Scottish Leaving Certificate Examination, 1954
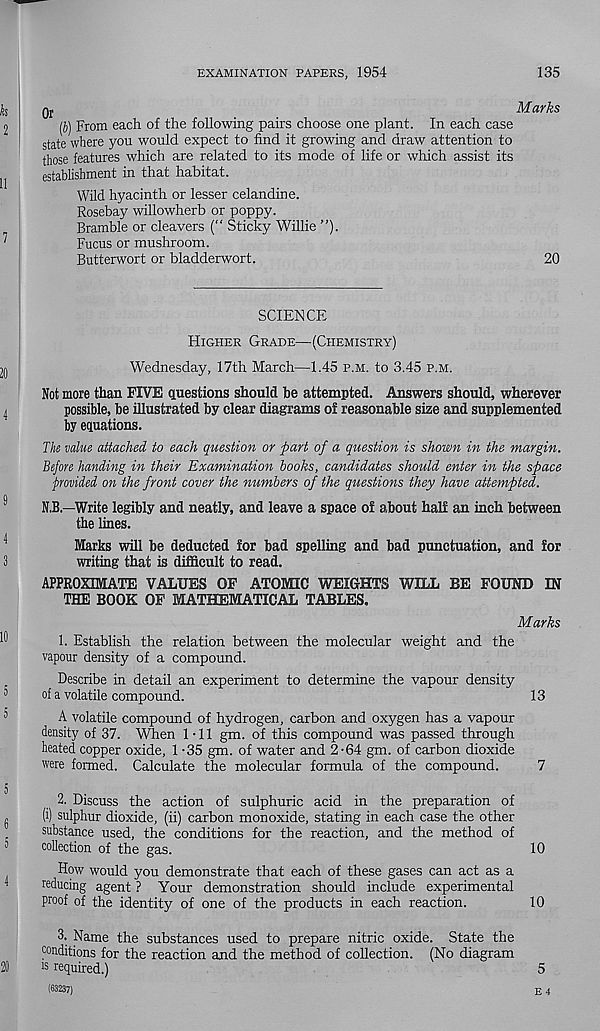
EXAMINATION PAPERS, 1954
135
Q r
Marks
(b) From each of the following pairs choose one plant. In each case
state where you would expect to find it growing and draw attention to
those features which are related to its mode of life or which assist its
establishment in that habitat.
Wild hyacinth or lesser celandine.
Rosebay willowherb or poppy.
Bramble or cleavers (“ Sticky Willie ”).
Fucus or mushroom.
Butterwort or bladderwort.
20
SCIENCE
Higher Grade—(Chemistry)
Wednesday, 17th March—1.45 p.m. to 3.45 p.m.
Not more than FIVE questions should be attempted. Answers should, wherever
possible, be illustrated by clear diagrams ol reasonable size and supplemented
by equations.
The value attached to each question or part of a question is shown in the margin.
Before handing in their Examination hooks, candidates should enter in the space
provided on the front cover the numbers of the questions they have attempted.
N.B.—Write legibly and neatly, and leave a space of about half an inch between
the lines.
Marks will be deducted for bad spelling and bad punctuation, and for
writing that is difficult to read.
APPROXIMATE VALUES OF ATOMIC WEIGHTS WILL BE FOUND IN
THE BOOK OF MATHEMATICAL TABLES.
Marks
1. Establish the relation between the molecular weight and the
vapour density of a compound.
Describe in detail an experiment to determine the vapour density
of a volatile compound.
13
A volatile compound of hydrogen, carbon and oxygen has a vapour
density of 37. When 1-11 gm. of this compound was passed through
heated copper oxide, 1 -35 gm. of water and 2-64 gm. of carbon dioxide
were formed. Calculate the molecular formula of the compound.
7
2. Discuss the action of sulphuric acid in the preparation of
(i) sulphur dioxide, (ii) carbon monoxide, stating in each case the other
substance used, the conditions for the reaction, and the method of
collection of the gas.
10
How would you demonstrate that each of these gases can act as a
reducing agent ? Your demonstration should include experimental
proof of the identity of one of the products in each reaction.
10
3. Name the substances used to prepare nitric oxide. State the
conditions for the reaction and the method of collection. (No diagram
is required.)
5
(63237)
E 4